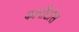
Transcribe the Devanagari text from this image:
कानौटोस